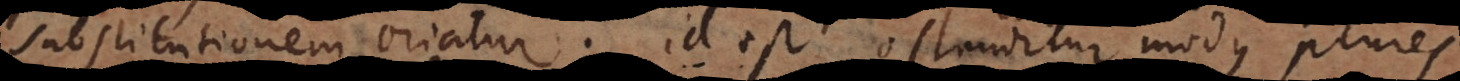
substitutionem oriatur: id est ostenditur modu